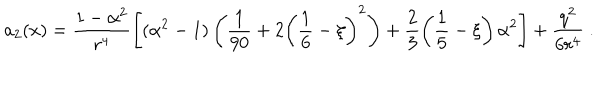
LaTeX: a _ { 2 } ( x ) = \frac { 1 - \alpha ^ { 2 } } { r ^ { 4 } } \left[ ( \alpha ^ { 2 } - 1 ) \left( \frac 1 { 9 0 } + 2 \left( \frac 1 6 - \xi \right) ^ { 2 } \right) + \frac 2 3 \left( \frac 1 5 - \xi \right) \alpha ^ { 2 } \right] + \frac { q ^ { 2 } } { 6 r ^ { 4 } } \ .